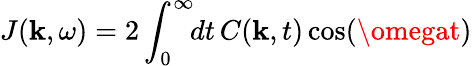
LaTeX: J(\mathbf{k},\omega)=2\int_{0}^{\infty}\! \! dt\, C(\mathbf{k},t)\cos(\omegat)